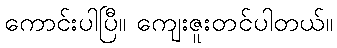
ကောင်းပါပြီ။ ကျေးဇူးတင်ပါတယ်။